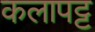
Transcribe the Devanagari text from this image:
कलापट्ट